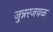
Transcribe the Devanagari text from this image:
जुन्नरजवळ